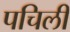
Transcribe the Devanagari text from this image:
पचिली